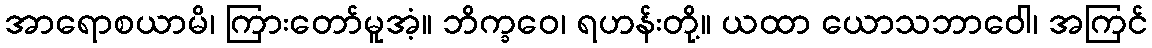
အာရောစယာမိ၊ ကြားတော်မူအံ့။ ဘိက္ခဝေ၊ ရဟန်းတို့။ ယထာ ယောသဘာဝေါ၊ အကြင်